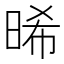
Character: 晞